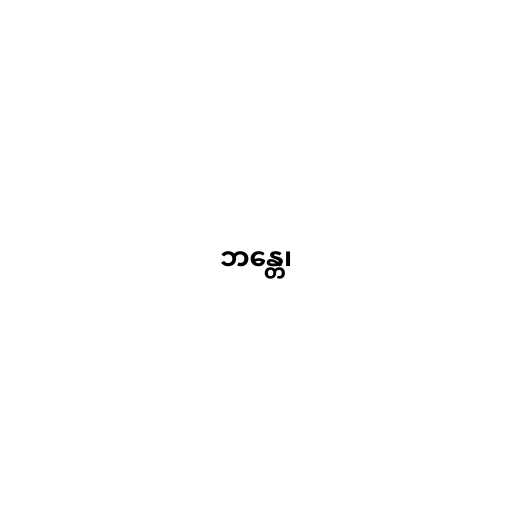
ဘန္တေ၊